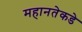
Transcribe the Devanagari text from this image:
महानतेकडे